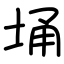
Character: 埇